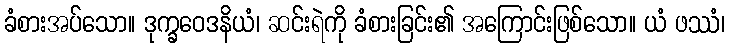
ခံစားအပ်သော။ ဒုက္ခဝေဒနိယံ၊ ဆင်းရဲကို ခံစားခြင်း၏ အကြောင်းဖြစ်သော။ ယံ ဖဿံ၊